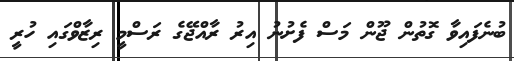
ބުނެފައިވާ ގޮތުން ޖޫން މަސް ފެށުނު އިރު ރާއްޖޭގެ ރަސްމީ ރިޒާވްގައި ހުރީ